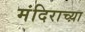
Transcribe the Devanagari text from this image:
मंदिराच्य़ा